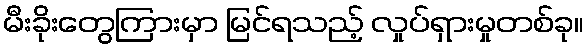
မီးခိုးတွေကြားမှာ မြင်ရသည့် လှုပ်ရှားမှုတစ်ခု။